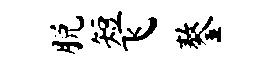
脱短飞鏊